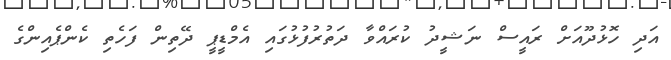
އަދި ހޮޅުދޫއަށް ރައީސް ނަޝީދު ކުރައްވާ ދަތުރުފުޅުގައި އެމްޑީޕީ ދޭތިން ފަހެތި ކެންޕެއިންގެ